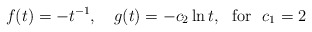
\begin{align*}f(t)=-t^{-1},\ \ \ g(t)=-c_{2}\ln t,\ \ \mathrm{for}\ \ c_{1}=2 \end{align*}